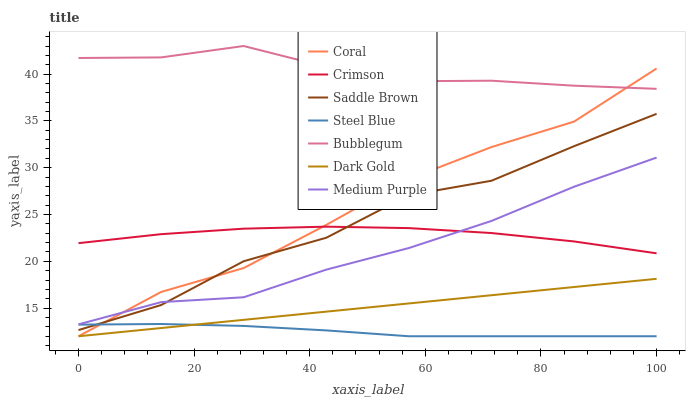
| xaxis_label | Coral | Crimson | Saddle Brown | Steel Blue | Bubblegum | Dark Gold | Medium Purple |
 | --- | --- | --- | --- | --- | --- | --- | --- |
 | 0 | 12 | 21.9 | 12.7 | 13.2 | 41.7 | 12 | 13.3 |
 | 14.3 | 16.7 | 22.9 | 15.3 | 13.3 | 41.8 | 12.9 | 15.6 |
 | 28.6 | 19.3 | 23.5 | 20 | 13.1 | 43 | 13.8 | 16.2 |
 | 42.9 | 23.9 | 23.7 | 22.5 | 12.6 | 40.8 | 14.6 | 19.1 |
 | 57.1 | 28.8 | 23.6 | 27.1 | 12 | 39.2 | 15.5 | 21.4 |
 | 71.4 | 32.2 | 23 | 28.6 | 12 | 39.3 | 16.4 | 24.3 |
 | 85.7 | 34.9 | 22.1 | 32.3 | 12 | 38.8 | 17.3 | 28 |
 | 100 | 40.6 | 20.9 | 35.8 | 12 | 38.4 | 18.1 | 31.1 |